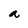
Character: a